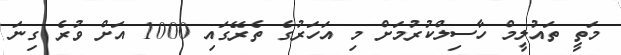
މަތީ ތައުލީމް ހާސިލްކުރުމަށް މި އަހަރުގެ ތެރޭގައި 1000 އަށް ވުރެ ގިނަ